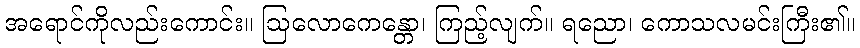
အရောင်ကိုလည်းကောင်း။ ဩလောကေန္တော၊ ကြည့်လျက်။ ရညော၊ ကောသလမင်းကြီး၏။